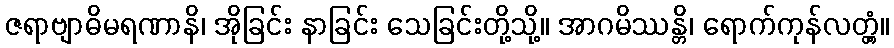
ဇရာဗျာဓိမရဏာနိ၊ အိုခြင်း နာခြင်း သေခြင်းတို့သို့။ အာဂမိဿန္တိ၊ ရောက်ကုန်လတ္တံ့။